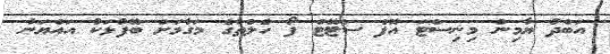
އަބްދު ޔާމިން މިނިސްޓަ އޮފް ސްޓޭޓް ފޯ ހެލްތްގެ މަގާމަށް ބޭފުޅަކު އައްޔަނު